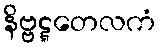
နိဗ္ဗဋ္ဋတေလကံ